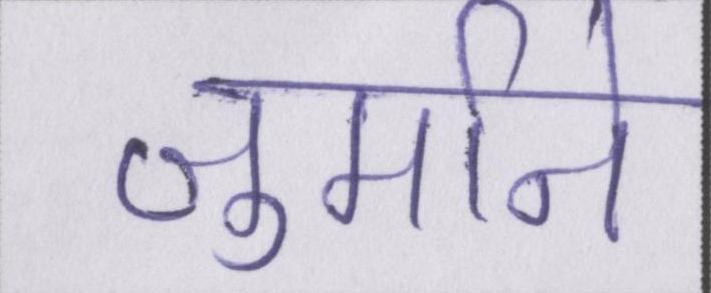
जुर्माने